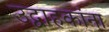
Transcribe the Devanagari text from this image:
उद्वाहकांना